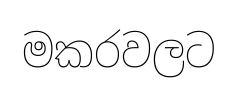
මකරවලට